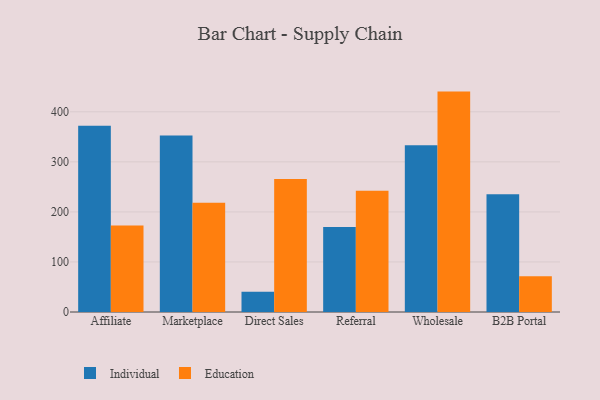
{"axis": {"x": "Channel", "y": "Revenue (USD Million)"}, "legend": ["Education", "Individual"], "data": [{"x": "Affiliate", "y": 372.2, "type": "Individual"}, {"x": "Affiliate", "y": 172.7, "type": "Education"}, {"x": "Marketplace", "y": 352.7, "type": "Individual"}, {"x": "Marketplace", "y": 218.5, "type": "Education"}, {"x": "Direct Sales", "y": 40.4, "type": "Individual"}, {"x": "Direct Sales", "y": 265.6, "type": "Education"}, {"x": "Referral", "y": 170.0, "type": "Individual"}, {"x": "Referral", "y": 242.3, "type": "Education"}, {"x": "Wholesale", "y": 333.2, "type": "Individual"}, {"x": "Wholesale", "y": 440.4, "type": "Education"}, {"x": "B2B Portal", "y": 235.2, "type": "Individual"}, {"x": "B2B Portal", "y": 71.3, "type": "Education"}]}